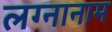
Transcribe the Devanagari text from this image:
लग्नानाम